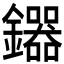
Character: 𮣦